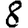
Digit: 8